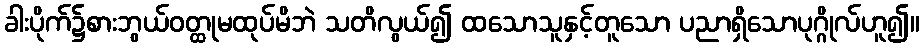
ခါးပိုက်၌စားဘွယ်ဝတ္ထုမထုပ်မိဘဲ သတိလွယ်၍ ထသောသူနှင့်တူသော ပညာရှိသောပုဂ္ဂိုလ်ဟူ၍။